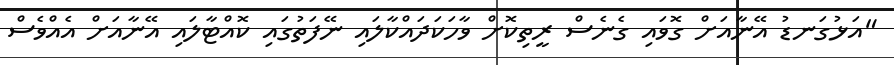
"އަޅުގަނޑު އޭނާއަށް ގޮވައި ގެނެސް ރީތިކޮށް ވާހަކަދައްކާލައި ނޭފަތުގައި ކޮއްޓާލައި އޭނާއަށް އެއްވެސް